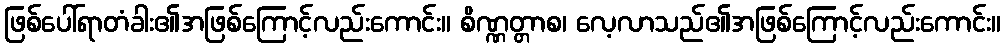
ဖြစ်ပေါ်ရာတံခါး၏အဖြစ်ကြောင့်လည်းကောင်း။ စိဏ္ဏတ္တာစ၊ လေ့လာသည်၏အဖြစ်ကြောင့်လည်းကောင်း။